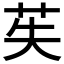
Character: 苵